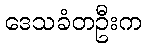
ဒေသခံတဦးက